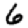
Digit: 6